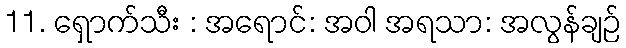
11. ရှောက်သီး : အရောင်: အဝါ အရသာ: အလွန်ချဉ်